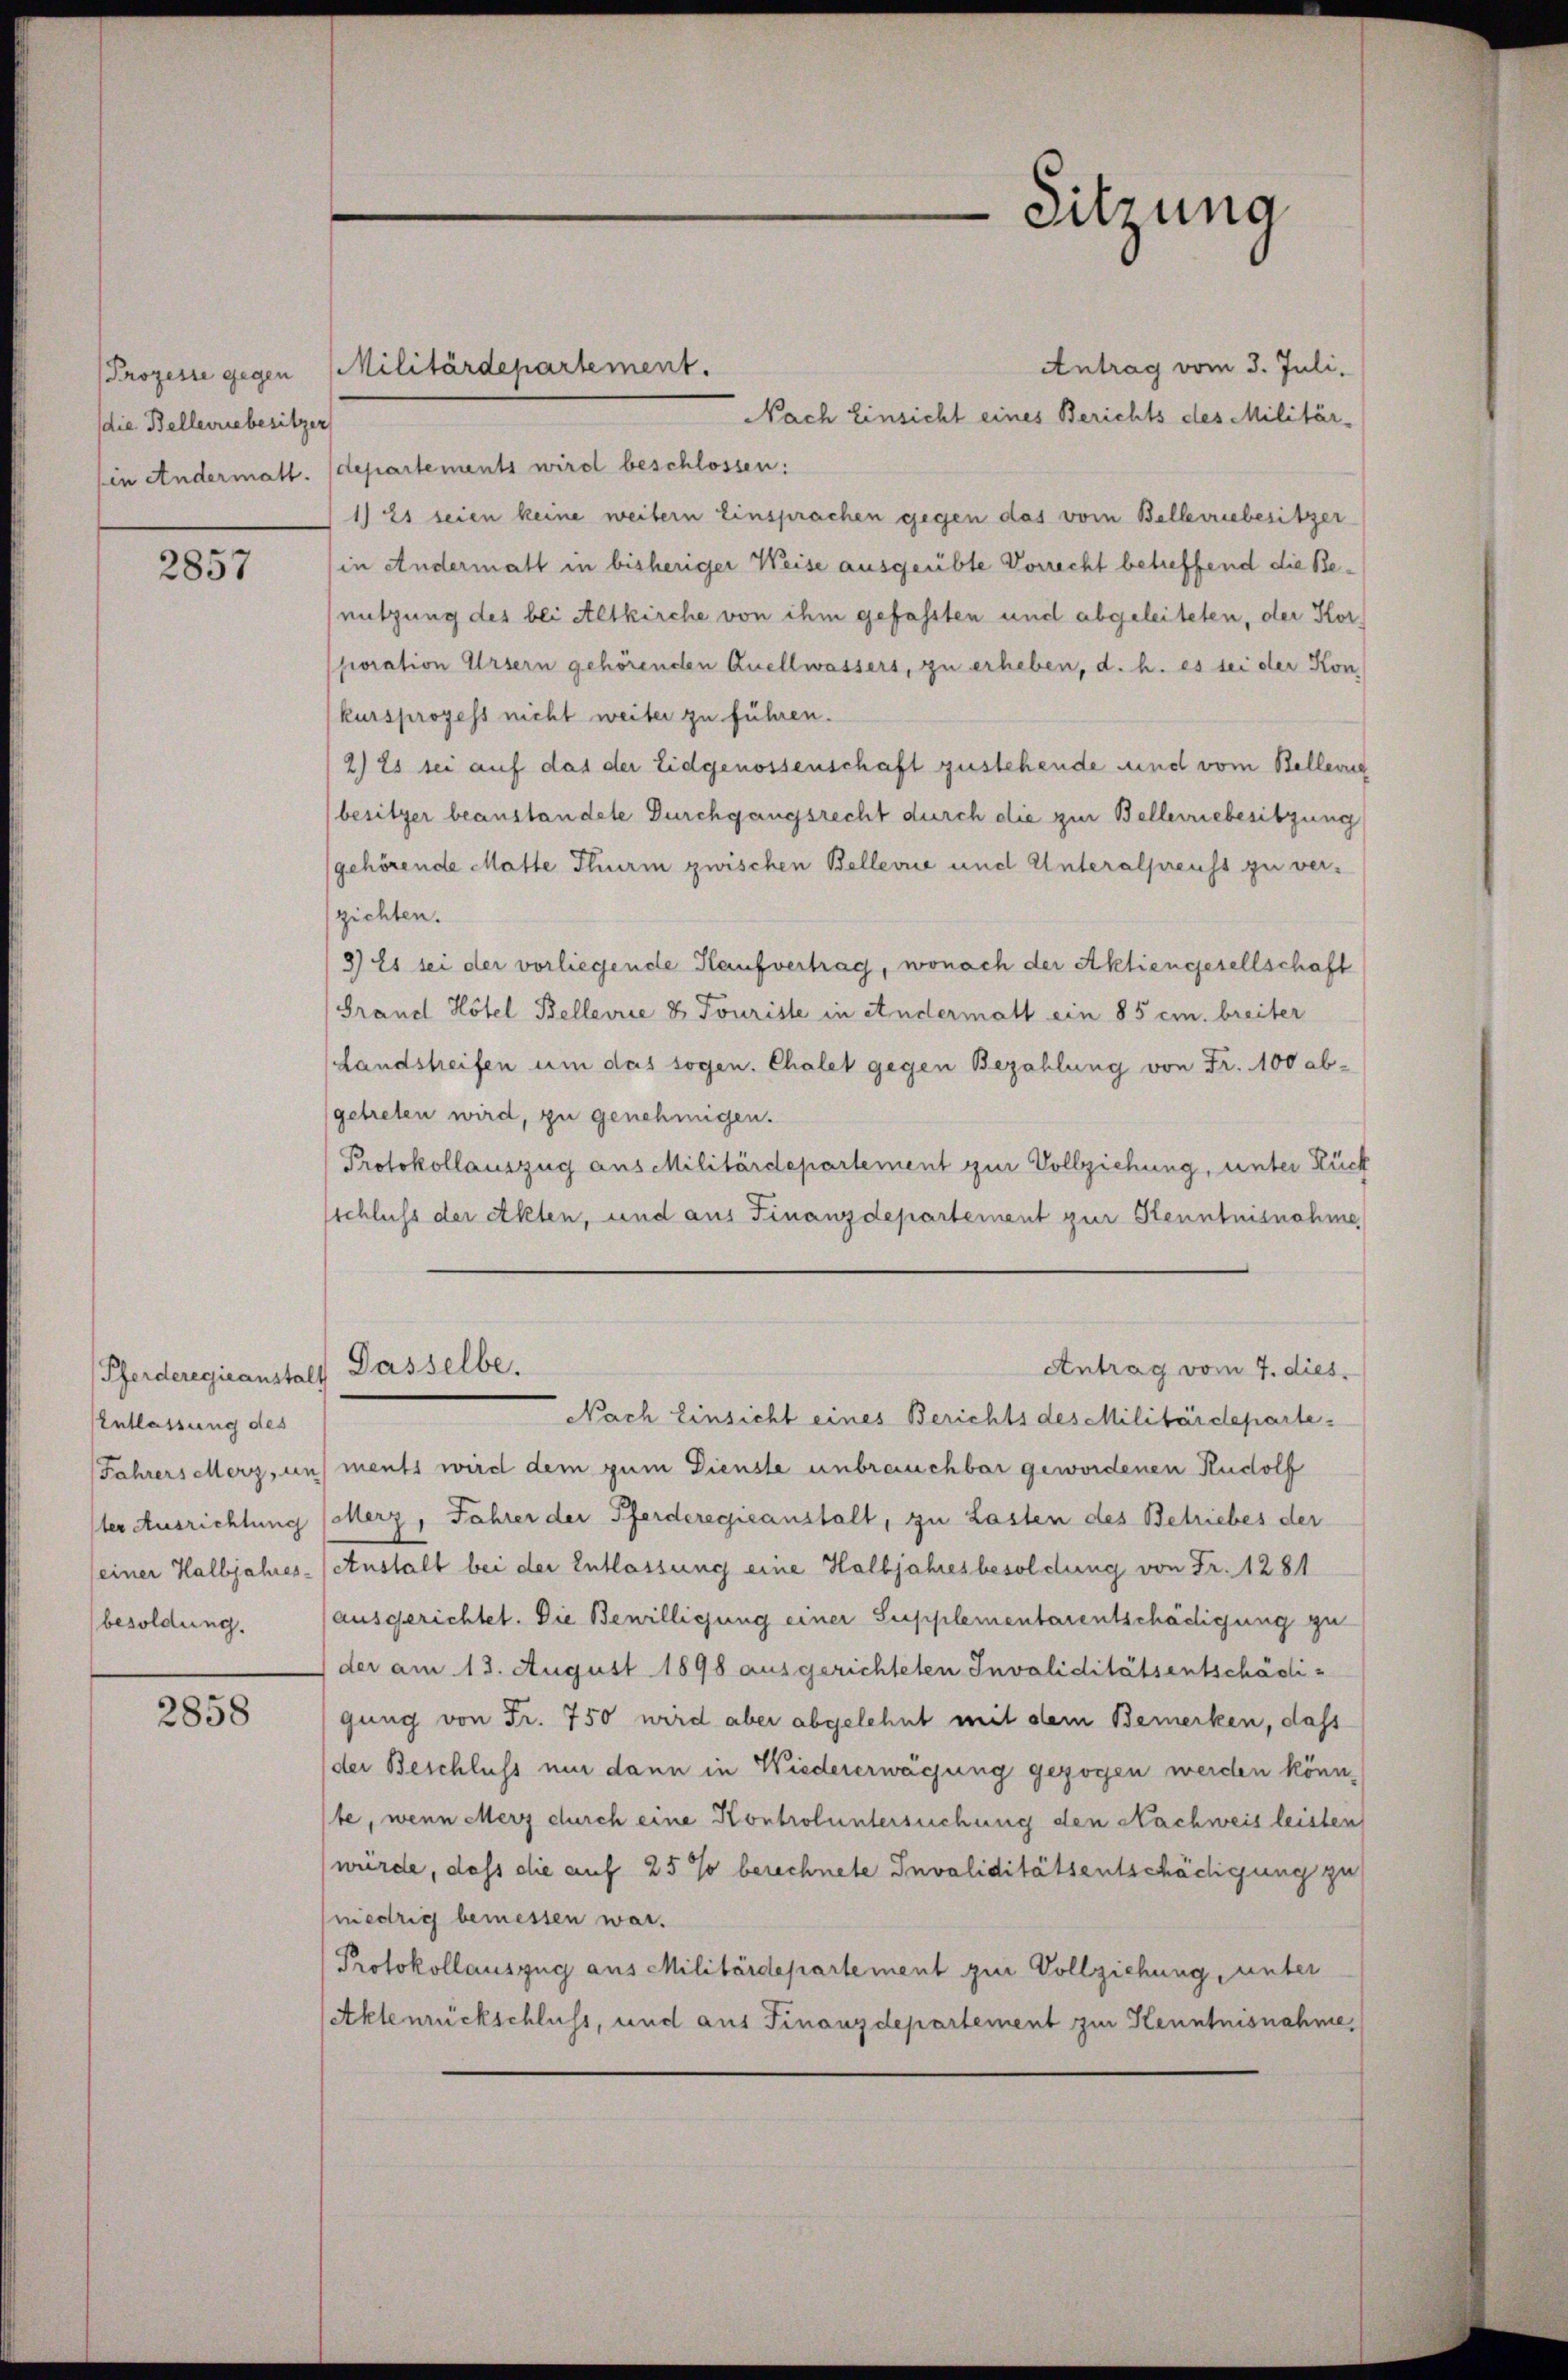
Prozesse gegen
die Belleriebesitzer
in Andermatt.

2857

Pferderegieanstalt
Entlassung des
Jahrers Merz, un
ster Ausrichtung
einer Halbjahres-
besoldung.

2858

Antrag vom 3. Juli.
Nach Einsicht eines Berichts des Militär-
departements wird beschlossen:
1) Es seien keine weitern Einsprachen gegen das vom Belleriebesitzer
in Andermatt in bisheriger Weise ausgeübte Vorrecht betreffend die Benutzung des bei Altkirche von ihm gefassten und abgeleiteten, der Korporation Ursern gehörenden Quellwassers, zu erheben, d. h. es sei der Kon
kursprozess nicht weiter zu führen.
2) Es sei auf das der Eidgenossenschaft zustehende und vom Bellerd
besitzer beanstandete Durchgangsrecht durch die zur Belleriebesitzung
gehörende Malte Thurm zwischen Bellevue und Unteralpreuss zu verzichten.
8) Es sei der vorliegende Kaufvertrag, wonach der Aktiengesellschaft
Grand Hotel Bellerie & Touriste in Andermatt ein 85 cm breiter
Landstreifen um das sogen. Chalet gegen Bezahlung von Fr. 100 abgetreten wird, zu genehmigen.
Protokollauszug aus Militärdepartement zur Vollziehung, unter Rück
schluss der Akten, und aus Finanzdepartement zur Kenntnisnahme
Dasselbe.
Antrag vom 7. dies
Nach Einsicht eines Berichts des Militärdepartements wird dem zum Dienste unbrauchbar gewordenen Rudolf
Merz, Jahrer der Pferderegieanstalt, zu Lasten des Betriebes der
Anstalt bei der Entlassung eine Halbjahresbesoldung von Fr. 1281
ausgerichtet. Die Bewilligung einer Supplementarentschädigung zu
der am 13. August 1898 ausgerichteten Invaliditätsentschädigung von Fr. 750 wird aber abgelehnt mit dem Bemerken, dass
der Beschluss um dann in Niedererwägung gezogen werden könnte, wenn Merz durch eine Kontroluntersuchung den Nachweis leisten
wurde, dass die auf 25 % berechnete Invaliditätsentschädigung zu
medrig bemessen war.
Protokollauszug aus Militärdepartement zur Vollziehung, unter
Aktenrückschluss, und aus Finanzdepartement zur Kenntnisnahme

Militärdepartement.

Sitzung